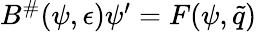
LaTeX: \begin{array}{r}{B^{\# }(\psi,\epsilon)\psi^{\prime}=F(\psi,\tilde{q})}\end{array}